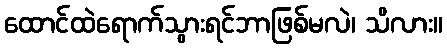
ထောင်ထဲရောက်သွားရင်ဘာဖြစ်မလဲ၊ သိလား။